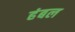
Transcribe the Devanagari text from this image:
हंबल